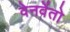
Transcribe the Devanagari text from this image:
वेनवेंतो